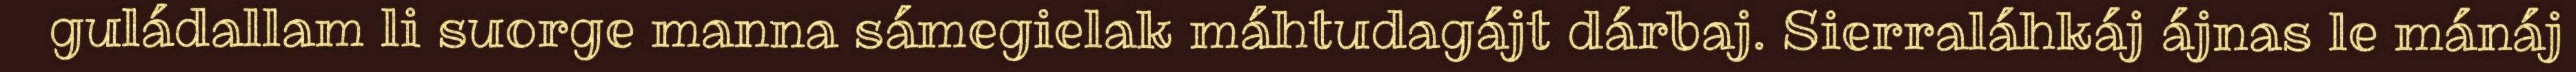
guládallam li suorge manna sámegielak máhtudagájt dárbaj. Sierraláhkáj ájnas le mánáj